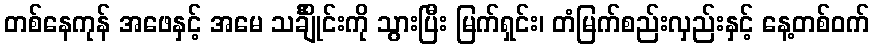
တစ်နေကုန် အဖေနှင့် အမေ သင်္ချိုင်းကို သွားပြီး မြက်ရှင်း၊ တံမြက်စည်းလှည်းနှင့် နေ့တစ်ဝက်